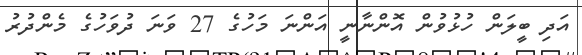
އަދި ބީލަން ހުޅުވުން އޮންނާނީ އަންނަ މަހުގެ 27 ވަނަ ދުވަހުގެ މެންދުރު